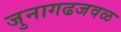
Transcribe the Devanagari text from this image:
जुनागढजवळ